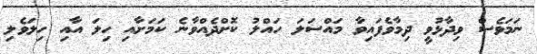
ނަމަވެސް ވިދާޅުވީ ދިމާވެފައިވާ މައްސަލަ ހައްލު ކޮށްދެއްވާނެ ކަމަށާއި ހިލަ އާއި ހިލަވެލި